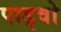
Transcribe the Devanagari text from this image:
पाड्वो